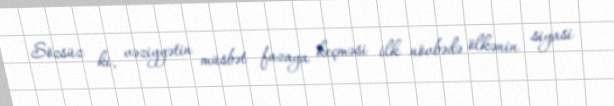
Sözsüz ki, vəziyyətin müsbət fazaya keçməsi ilk növbədə ölkənin siyasi